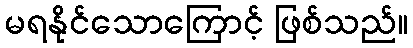
မရနိုင်သောကြောင့် ဖြစ်သည်။